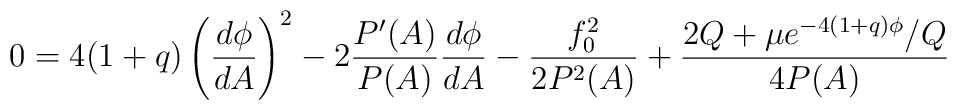
0=4(1+q)\left(\frac{d\phi}{dA}\right)^2-2\frac{P'(A)}{P(A)}\frac{d\phi}{dA}-\frac{f_0^2} {2P^2(A)}+\frac{2Q+\mu e^{-4(1+q)\phi}/Q}{4P(A)}